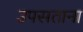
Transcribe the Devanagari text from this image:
उपसताना